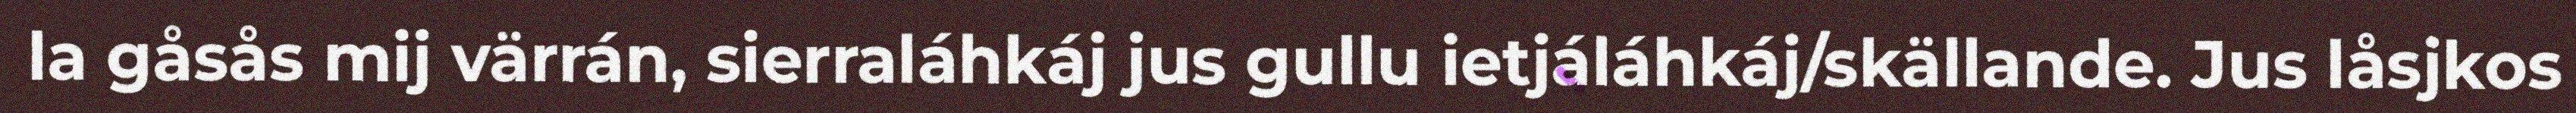
la gåsås mij värrán, sierraláhkáj jus gullu ietjáláhkáj/skällande. Jus låsjkos